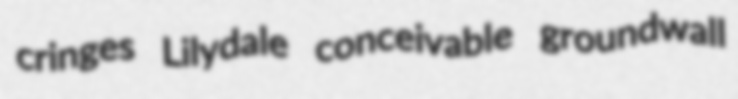
cringes Lilydale conceivable groundwall